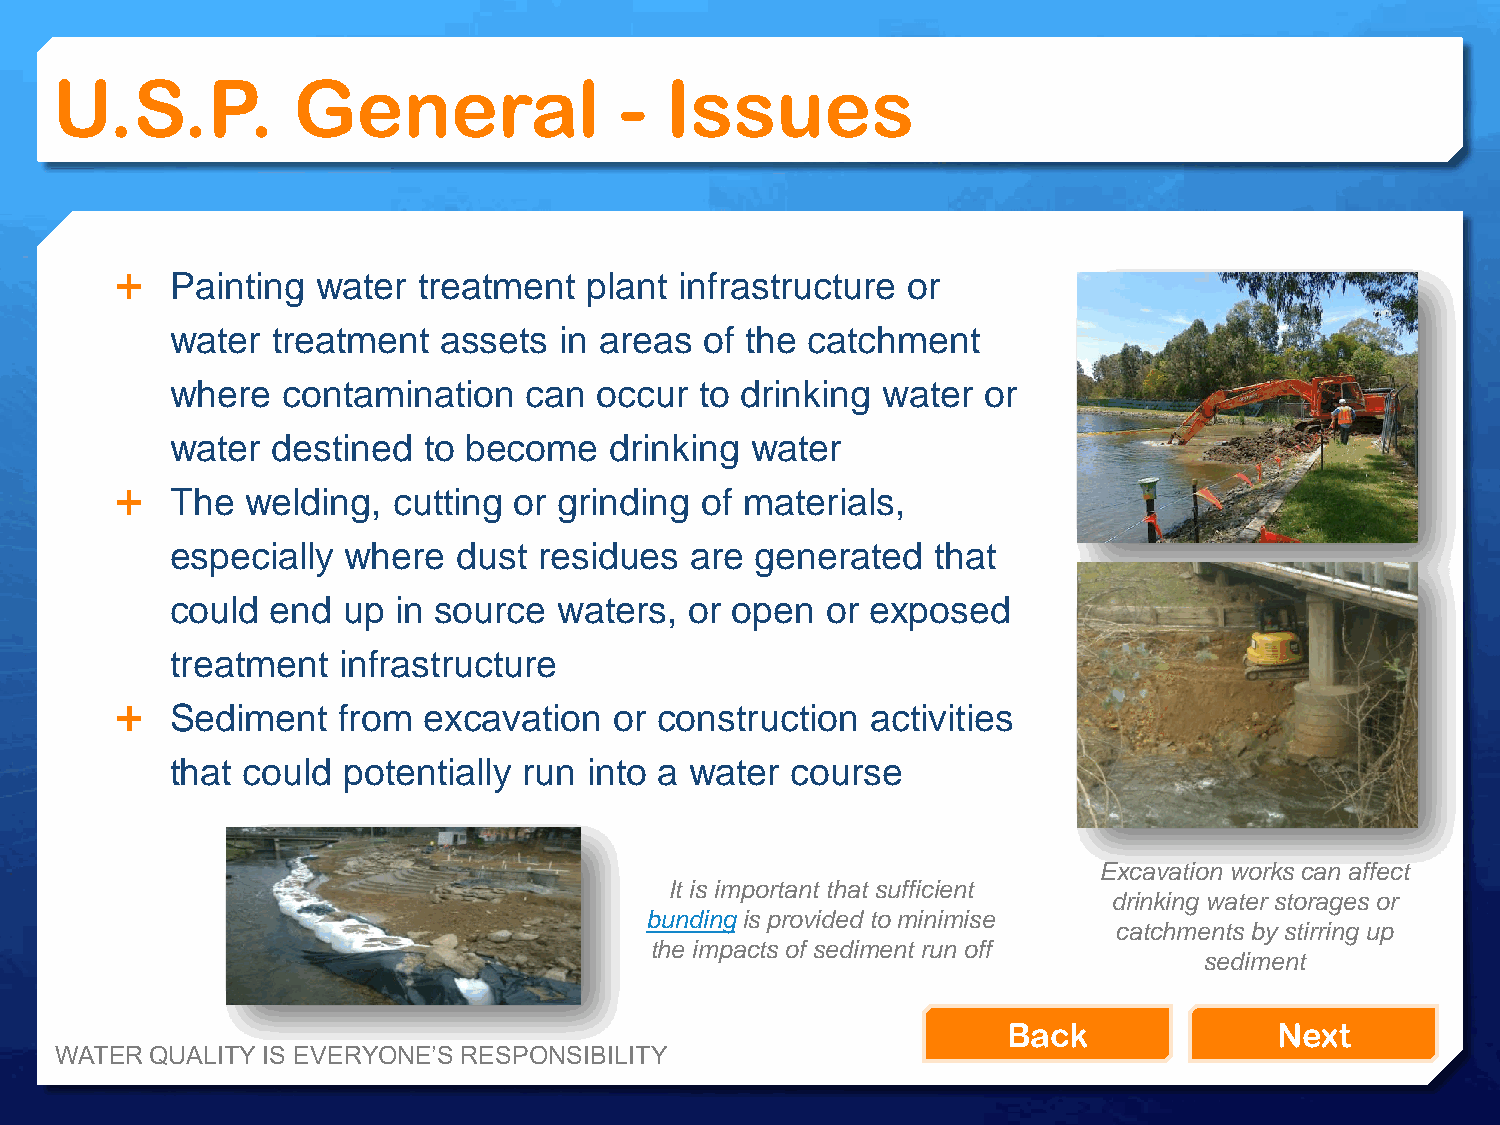
U.S.P.          General               -  Issues
   Painting  water  treatment  plant infrastructure or
 water  treatment  assets  in areas  of the catchment
 where   contamination   can  occur to drinking water  or
 water  destined  to become   drinking  water
   The  welding,  cutting or grinding of materials,
 especially  where  dust  residues  are generated   that
 could  end  up in source  waters,  or open  or exposed
 treatment  infrastructure
   Sediment   from  excavation   or construction  activities
 that could  potentially run into a water course
 Excavation works can affect
 It is important that sufficient
 drinking water storages or
 bunding is provided to minimise
 catchments by stirring up
 the impacts of sediment run off
 sediment
 Back              Next
 WATER QUALITY IS EVERYONE’S RESPONSIBILITY